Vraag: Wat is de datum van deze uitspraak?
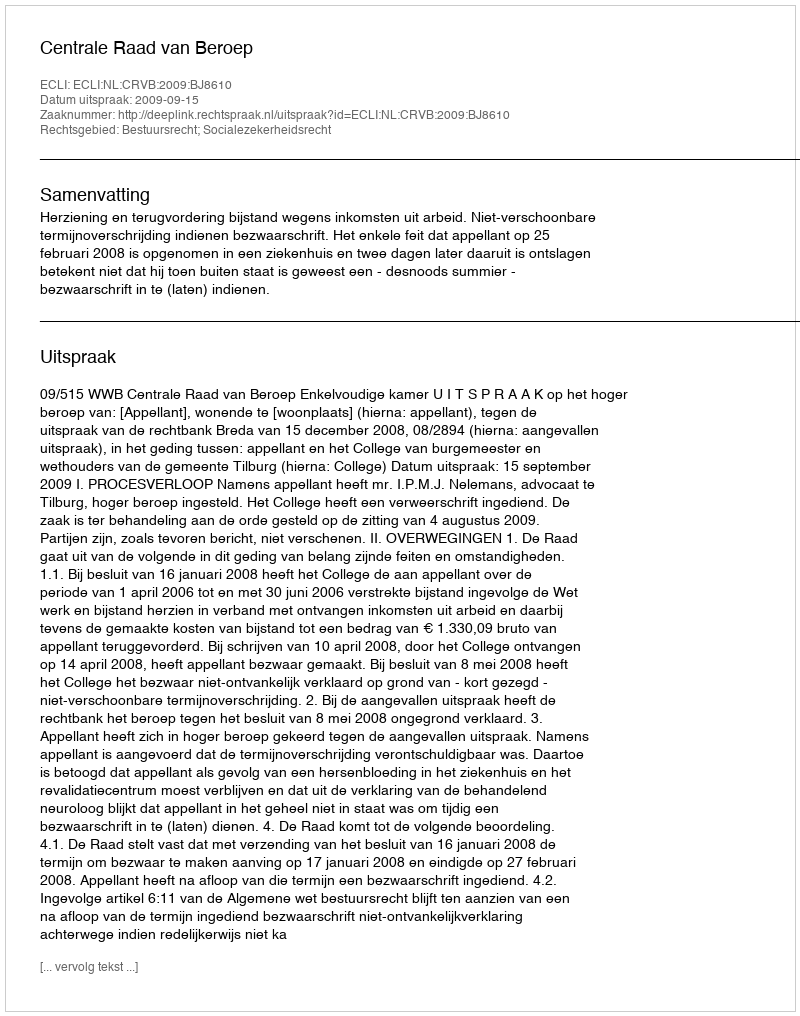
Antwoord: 2009-09-15